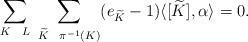
LaTeX: \begin{align*}\sum_{K \ \ L} \ \sum_{ \widetilde{K} \ \ \pi^{-1}(K)} (e_{\widetilde{K}}-1) \langle[\widetilde{K}], \alpha \rangle = 0.\end{align*}